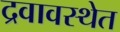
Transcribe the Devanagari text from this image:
द्रवावस्थेत